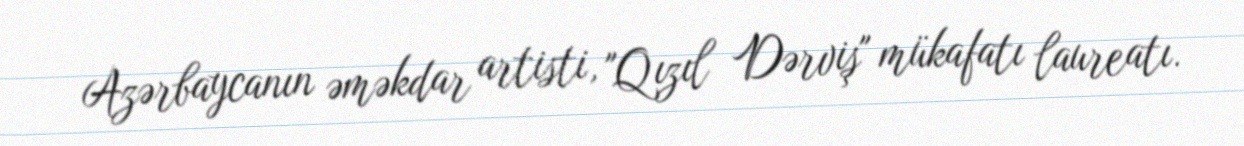
Azərbaycanın əməkdar artisti, "Qızıl Dərviş" mükafatı laureatı.